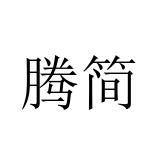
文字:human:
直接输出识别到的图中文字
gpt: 腾简